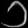
Digit: ၁